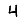
Digit: 4